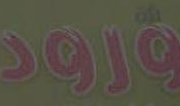
قرود